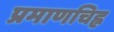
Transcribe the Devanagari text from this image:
प्रमाणचिह्न